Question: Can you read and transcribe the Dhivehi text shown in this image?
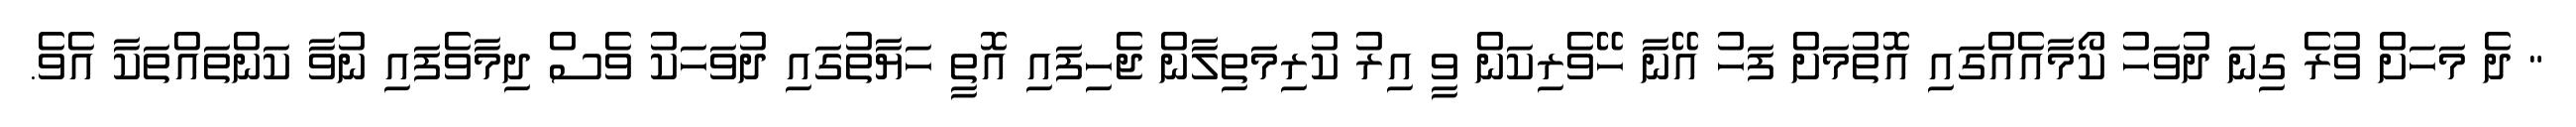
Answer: " ދެ މަހަށް ވުރެ ގިނަ ދުވަހު ކޯމާއެއްގައި އޮތުމަށް ފަހު އޭނާ ހޭވެރިކަން ވީ އިރު ކުރިމަތިލާން ޖެހިފައި އޮތީ ހަޔާތުގައި ދުވަހަކު ވެސް ދިމާވެފައި ނުވާ ކަންތައްތަކާ އެވެ.